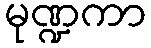
မုဏ္ဍကာ